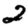
Digit: 2